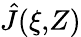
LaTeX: \hat{J}(\xi,\! Z)